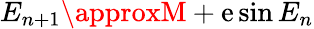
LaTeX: E_{n+1}\approxM+\mathrm{e}\sin{E_{n}}